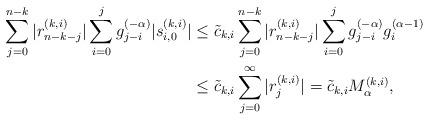
LaTeX: \begin{align*}\sum_{j=0}^{n-k}|r_{n-k-j}^{(k,i)}|\sum_{i=0}^{j}g_{j-i}^{(-\alpha)}|s_{i,0}^{(k,i)}|&\le \tilde{c}_{k,i}\sum_{j=0}^{n-k}|r_{n-k-j}^{(k,i)}|\sum_{i=0}^{j}g_{j-i}^{(-\alpha)}g_{i}^{(\alpha-1)} \\&\le \tilde{c}_{k,i}\sum_{j=0}^{\infty}|r_{j}^{(k,i)}|=\tilde{c}_{k,i}M_{\alpha}^{(k,i)}, \end{align*}